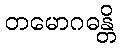
တမောဂဓန္တိ